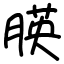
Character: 朠